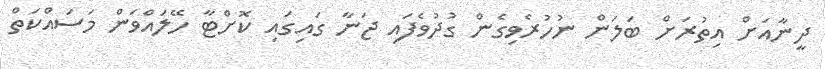
ދީނާއަށް އިތުރަށް ބަލަން ނުހުރެވިގެން ގުދުވެފައި ޖަނާ ގައިގައި ކޮށްޓާ ހޭލައްވަން މަސައްކަތް